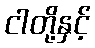
ငါတို့နှင့်